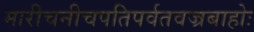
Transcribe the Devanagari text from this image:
मारीचनीचपतिपर्वतवज्रबाहोः